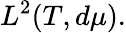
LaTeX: L^{2}(T,d\mu).